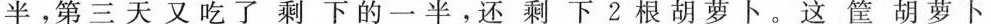
半，第三天又吃了剩下的一半，还剩下2根胡萝卜。这筐胡萝